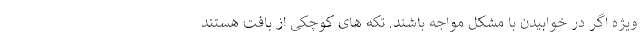
ویژه اگر در خوابیدن با مشکل مواجه باشند. تکه های کوچکی از بافت هستند